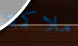
ملاكمة